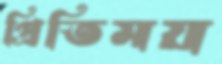
প্রিতিময়